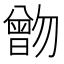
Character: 朆